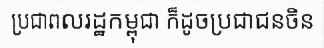
ប្រជាពលរដ្ឋកម្ពុជា ក៏ដូចប្រជាជនចិន